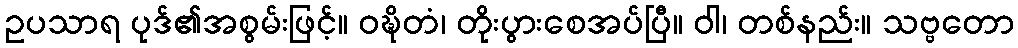
ဥပသာရ ပုဒ်၏အစွမ်းဖြင့်။ ဝဍ္ဎိတံ၊ တိုးပွားစေအပ်ပြီ။ ဝါ၊ တစ်နည်း။ သဗ္ဗတော